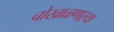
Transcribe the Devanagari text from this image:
चोखाळणाऱ्या